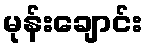
မုန်းချောင်း